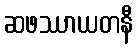
ဆဖဿာယတနီ